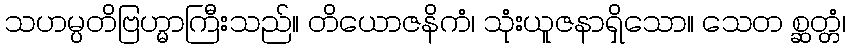
သဟမ္ပတိဗြဟ္မာကြီးသည်။ တိယောဇနိကံ၊ သုံးယူဇနာရှိသော။ သေတ စ္ဆတ္တံ၊